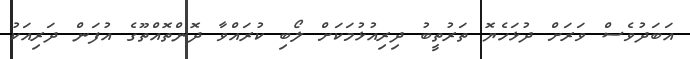
އަބަދުވެސް ވަރަށް ދުޅަހެޔޮ ތަރުތީބު ދިރިއުޅުމަކަށް ލޯބި ކުރައްވާ ދޮންތޮއްތޫގެ އުފަން ދަރިއަކު